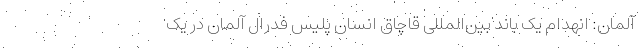
آلمان: انهدام یک باند بین‌المللی قاچاق انسان پلیس فدرال آلمان در یک